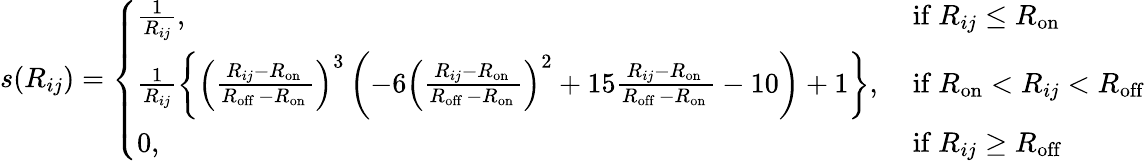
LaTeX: s(R_{ij})=\left\{ \begin{array}{ll}{\frac{1}{R_{ij}},}&{\mathrm{~if~}R_{ij}\leq R_{\mathrm{on}}}\\ {\frac{1}{R_{ij}}\left\{ \left(\frac{R_{ij}-R_{\mathrm{on~}}}{R_{\mathrm{off~}}-R_{\mathrm{on~}}}\right)^{3}\left(-6\left(\frac{R_{ij}-R_{\mathrm{on~}}}{R_{\mathrm{off~}}-R_{\mathrm{on~}}}\right)^{2}+15\frac{R_{ij}-R_{\mathrm{on~}}}{R_{\mathrm{off~}}-R_{\mathrm{on~}}}-10\right)+1\right\} ,}&{\mathrm{~if~}R_{\mathrm{on}}<R_{ij}<R_{\mathrm{off}}}\\ {0,}&{\mathrm{~if~}R_{ij}\geq R_{\mathrm{off~}}}\end{array}\right.